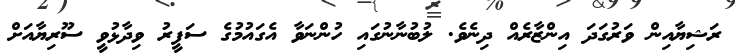
ރަޝިޔާއިން ވަރުގަދަ އިންޒާރެއް ދިނެވެ. ލުބުނާނުގައި ހުންނަވާ އެގައުމުގެ ސަފީރު ވިދާޅުވީ ސޫރިޔާއަށް